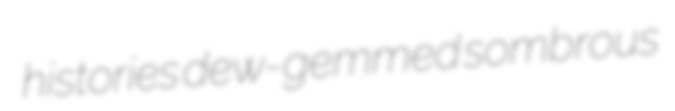
histories dew-gemmed sombrous